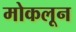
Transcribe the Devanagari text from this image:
मोकलून